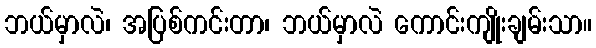
ဘယ်မှာလဲ၊ အပြစ်ကင်းတာ၊ ဘယ်မှာလဲ ကောင်းကျိုးချမ်းသာ။